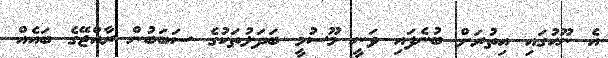
އެ ނޫހުގައި އިތުރަށް ބުނެފައި ވަނީ މޫސުމީ ބަދަލުތަކުގެ ސަބަބުން ރާއްޖޭގެ ބައެއް